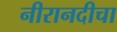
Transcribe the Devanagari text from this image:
नीरानदीचा